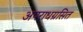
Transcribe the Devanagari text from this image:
अपराधग्रसित